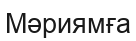
Мәриямға